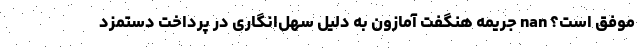
موفق است؟ nan جریمه هنگفت آمازون به دلیل سهل‌انگاری در پرداخت دستمزد